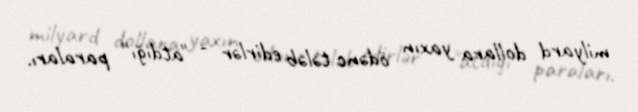
milyard dollara yaxın ödənc tələb edirlər - "atdığı" paraları.